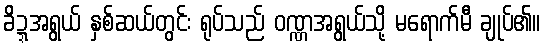
ခိဍ္ဍအရွယ် နှစ်ဆယ်တွင်း ရုပ်သည် ဝဏ္ဏအရွယ်သို့ မရောက်မီ ချုပ်၏။